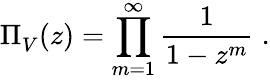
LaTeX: \Pi_{V}^{}(z)=\prod_{m=1}^{\infty}\frac{1}{1-z^{m}}\; .